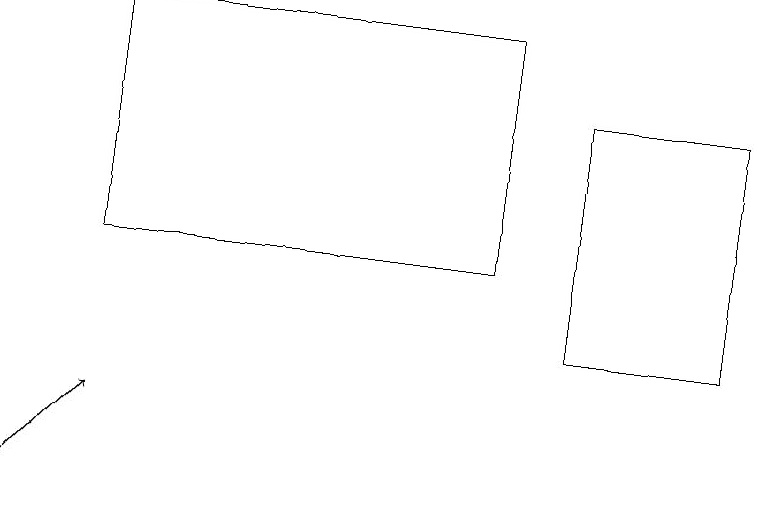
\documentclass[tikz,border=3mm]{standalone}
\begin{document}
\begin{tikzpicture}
\draw[->] (0,10) -- (1,11);
\draw (7,12) rectangle (9,15);
\draw (6,16) rectangle (1,13);
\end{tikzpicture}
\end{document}